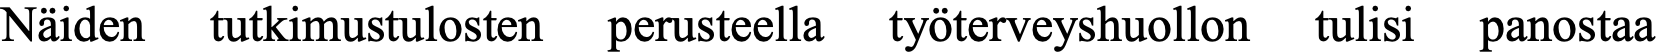
Näiden tutkimustulosten perusteella työterveyshuollon tulisi panostaa